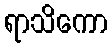
ရာသိကော